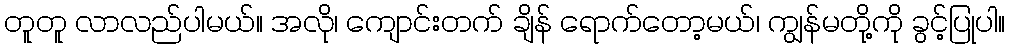
တူတူ လာလည်ပါမယ်။ အလို၊ ကျောင်းတက် ချိန် ရောက်တော့မယ်၊ ကျွန်မတို့ကို ခွင့်ပြုပါ။